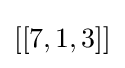
[[7,1,3]]